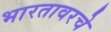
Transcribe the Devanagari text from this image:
भारतावरचे